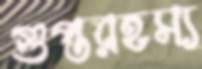
গুপ্তরহস্য